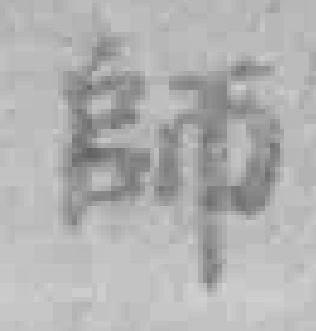
師